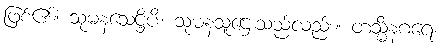
ဖြစ်၏။ သုမနသေဋ္ဌိပိ၊ သုမနသူဌေးသည်လည်း။ တသ္မိံနဂရေ၊